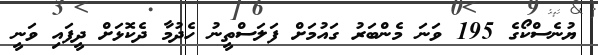
ޔުނެސްކޯގެ 195 ވަނަ މެންބަރު ގައުމަށް ފަލަސްތީނު ހެދުމާ ދެކޮޅަށް ދީފައި ވަނީ